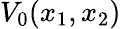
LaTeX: V_{0}(x_{1},x_{2})